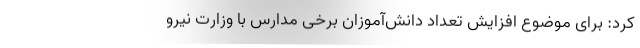
کرد: برای موضوع افزایش تعداد دانش‌آموزان برخی مدارس با وزارت نیرو